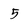
Character: 5